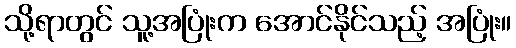
သို့ရာတွင် သူ့အပြုံးက အောင်နိုင်သည့် အပြုံး။